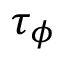
\tau _ { \phi }